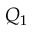
Q _ { 1 }